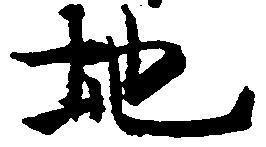
地